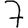
Digit: 7